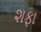
શફા